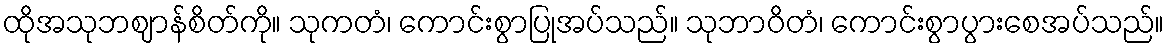
ထိုအသုဘဈာန်စိတ်ကို။ သုကတံ၊ ကောင်းစွာပြုအပ်သည်။ သုဘာဝိတံ၊ ကောင်းစွာပွားစေအပ်သည်။